King Institute of Preventive Medicine Micro-Biological Section reports 1912-19
Year: 1912
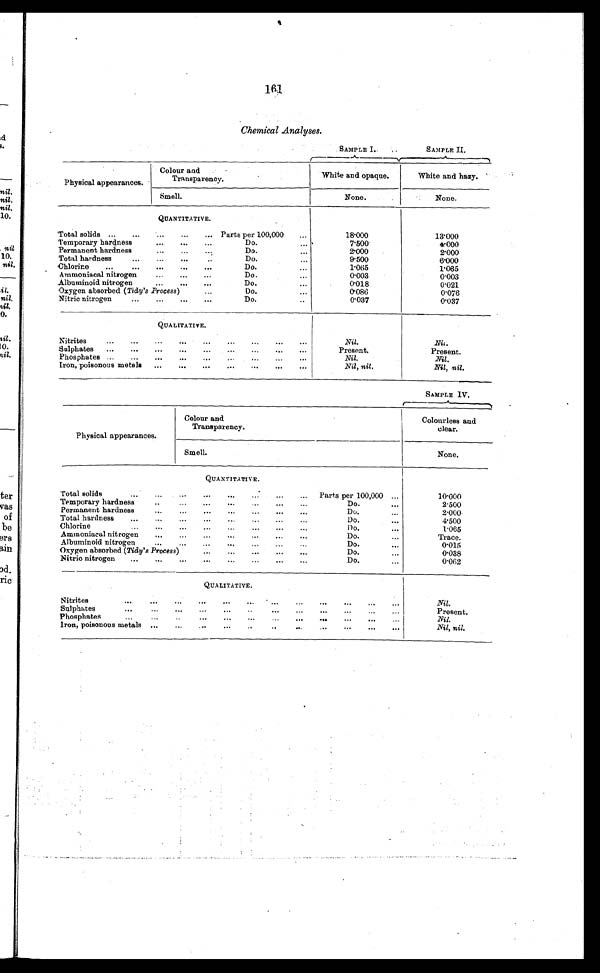
161
Chemical Analyses.
SAMPLE I.
SAMPLE II.
Physical appearances.
Colour and
Transparency.
White and opaque.
White and hazy.
Smell.
None.
None.
QUANTITATIVE.
Total solids ...
...
...
...
. . . Parts per 100,000
. . .
18.000
13.000
Temporary hardness
...
...
. . .
Do.
. . .
7.500
4.000
Permanent hardness...
Do.
. . .
2.000
2.000
Total hardness
...
...
.....
Do.
. . .
9.500
6.000
Chlorine
...
...
...
...
. . .
Do.
. . .
1.065
1.065
Ammoniacal nitrogen...
D o . . .
0.003
0.003
Albuminoid nitrogen
...
...
. . .
Do.
. . .
0.018
0.021
Oxygen absorbed (Tidy’s Process)...
Do.
. . .
0.086
0.076
Nitric nitrogen...
...
...
. . .
Do.
. . .
0.037
0.037
QUALITATIVE.
Nitrites
...
...
...
...
...
...
...
. . .
Nil.
Nil.
Sulphates ...
...
...
...
...
...
...
...
. . .
Present.
Present.
Phosphates ...
...
...
...
...
...
...
...
Nil.
Nil.
Iron, poisonous metals ......
...
...
. . .
Nil , nil.
Nil, nil.
SAMPLE IV.
Physical appearances.
Colour and
Transparency.
Colourless and
clear.
Smell.
None.
QUANTITATIVE.
Total solids
...
...
...
...
...
...
...
. . .
Parts per 100,000
. . .
10.000
Temporary hardness
..
...
...
...
...
...
...
Do.
. . .
2.500
Permanent hardness
...
...
...
...
...
...
Do.
. . .
2.000
Total hardness
...
...
...
...
...
Do.
. . .
4 . 5 0 0
Chlorine
...
...
...
...
...
...
...
...
Do.
...
1.065
Ammoniacal nitrogen
...
...
...
...
...
Do.
. . .
Trace.
Albuminoid nitrogen
...
...
...
...
...
...
..
Do.
. . .
0.015
Oxygen absorbed (Tidy's Process)
...
...
...
...
Do.
. . .
0.038
Nitric nitrogen
...
...
...
...
...
...
...
Do.
. . .
0.062
QUALITATIVE.
Nitrites
...
...
...
...
...
...
...
...
...
...
...
Nil.
Sulphates
...
...
...
...
...
..
...
...
...
...
...
...
Present.
Phosphates
...
...
... ... ... ... ... ... ... ... ...
Nil.
Iron, poisonous metals ...
...
... ... ... ... ... ... ... ...
Nil, nil.